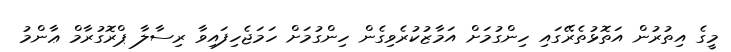
މީގެ އިތުރުން އަތޮޅުތެރޭގައި ހިންގުމަށް އަމާޒުކުރެވިގެން ހިންގުމަށް ހަމަޖެހިފައިވާ ރިސާލާ ޕްރޮގުރާމް ޢާންމު